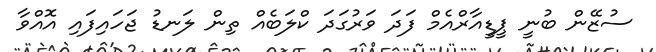
ސުޒޭން ބުނީ ޕީޑީއާރްއެމް ފަދަ ވަރުގަދަ ކްލަބެއް ތިން ލަނޑު ޖަހައިފައި އޮއްވާ